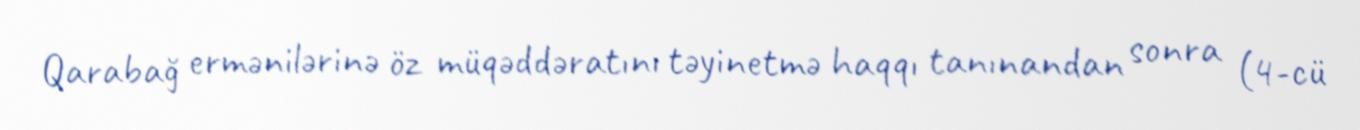
Qarabağ ermənilərinə öz müqəddəratını təyinetmə haqqı tanınandan sonra (4-cü